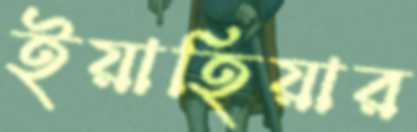
ইয়াহিয়ার